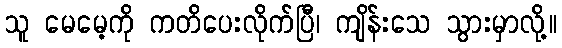
သူ မေမေ့ကို ကတိပေးလိုက်ပြီ၊ ကျိန်းသေ သွားမှာလို့။